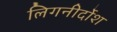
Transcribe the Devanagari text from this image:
लिगनीर्दोश